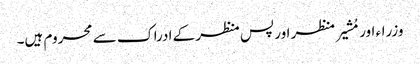
وزراء اور مُشیر منظر اور پس منظر کے ادراک سے محروم ہیں۔